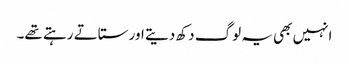
انہیں بھی یہ لوگ دکھ دیتے اور ستاتے رہتے تھے۔